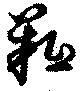
羝